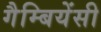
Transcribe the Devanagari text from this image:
गैम्बियेंसी